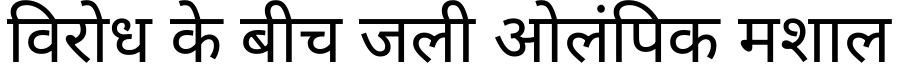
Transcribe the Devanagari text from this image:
विरोध के बीच जली ओलंपिक मशाल